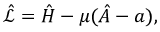
\hat { \mathcal { L } } = \hat { H } - \mu ( \hat { A } - a ) ,